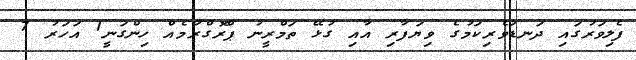
ފެލިވަރުގައި ދަނޑުވެރިކަމުގެ ވިޔަފާރި އާއި ގުޅޭ ތަމްރީނު ޕްރޮގްރާމެއް ހިންގަނީ1 އަހަރު 7